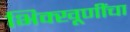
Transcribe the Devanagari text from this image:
भिक्खूणींचा